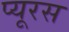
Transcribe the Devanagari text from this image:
प्यूरस